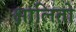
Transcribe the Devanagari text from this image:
क्षालितो